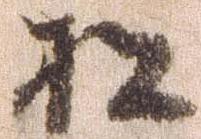
松